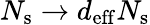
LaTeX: N_{\mathrm{s}}\rightarrow d_{\mathrm{eff}}N_{\mathrm{s}}